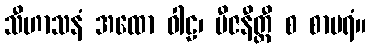
သီဟာသနံ အထော ဝါဠ၊ ဗီဇနီတ္ထီ စ စာမရံ။